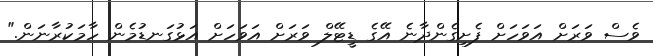
ވެސް ވަރަށް އަވަހަށް ފެށިގެންދާނެ އޭގެ ޑީޓޭލް ވަރަށް އަވަހަށް އަޅުގަނޑުމެން ހާމަކުރާނަން."